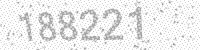
Solution: 188221